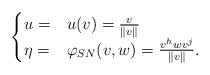
LaTeX: \begin{align*}\begin{cases}u = & u(v) = \frac{v}{\Vert v \Vert} \\\eta = & \varphi_{SN}(v,w)=\frac{v^h w v^j}{\Vert v \Vert}.\end{cases}\end{align*}